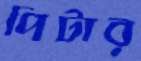
পিটার